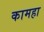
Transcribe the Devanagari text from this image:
कामहा